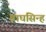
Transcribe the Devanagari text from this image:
बाघसिन्ह